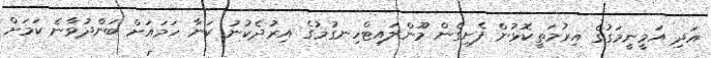
އަދި އަމީނީމަގުގެ އިރުމަތީކޮޅުން ފެށިގެން މޫންލައިޓްހިނގުމުގެ އިރުދެކުނު ކަނާ ހަމައަށް ބަންދުވާނެ ކަމަށް